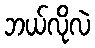
ဘယ်လိုလဲ